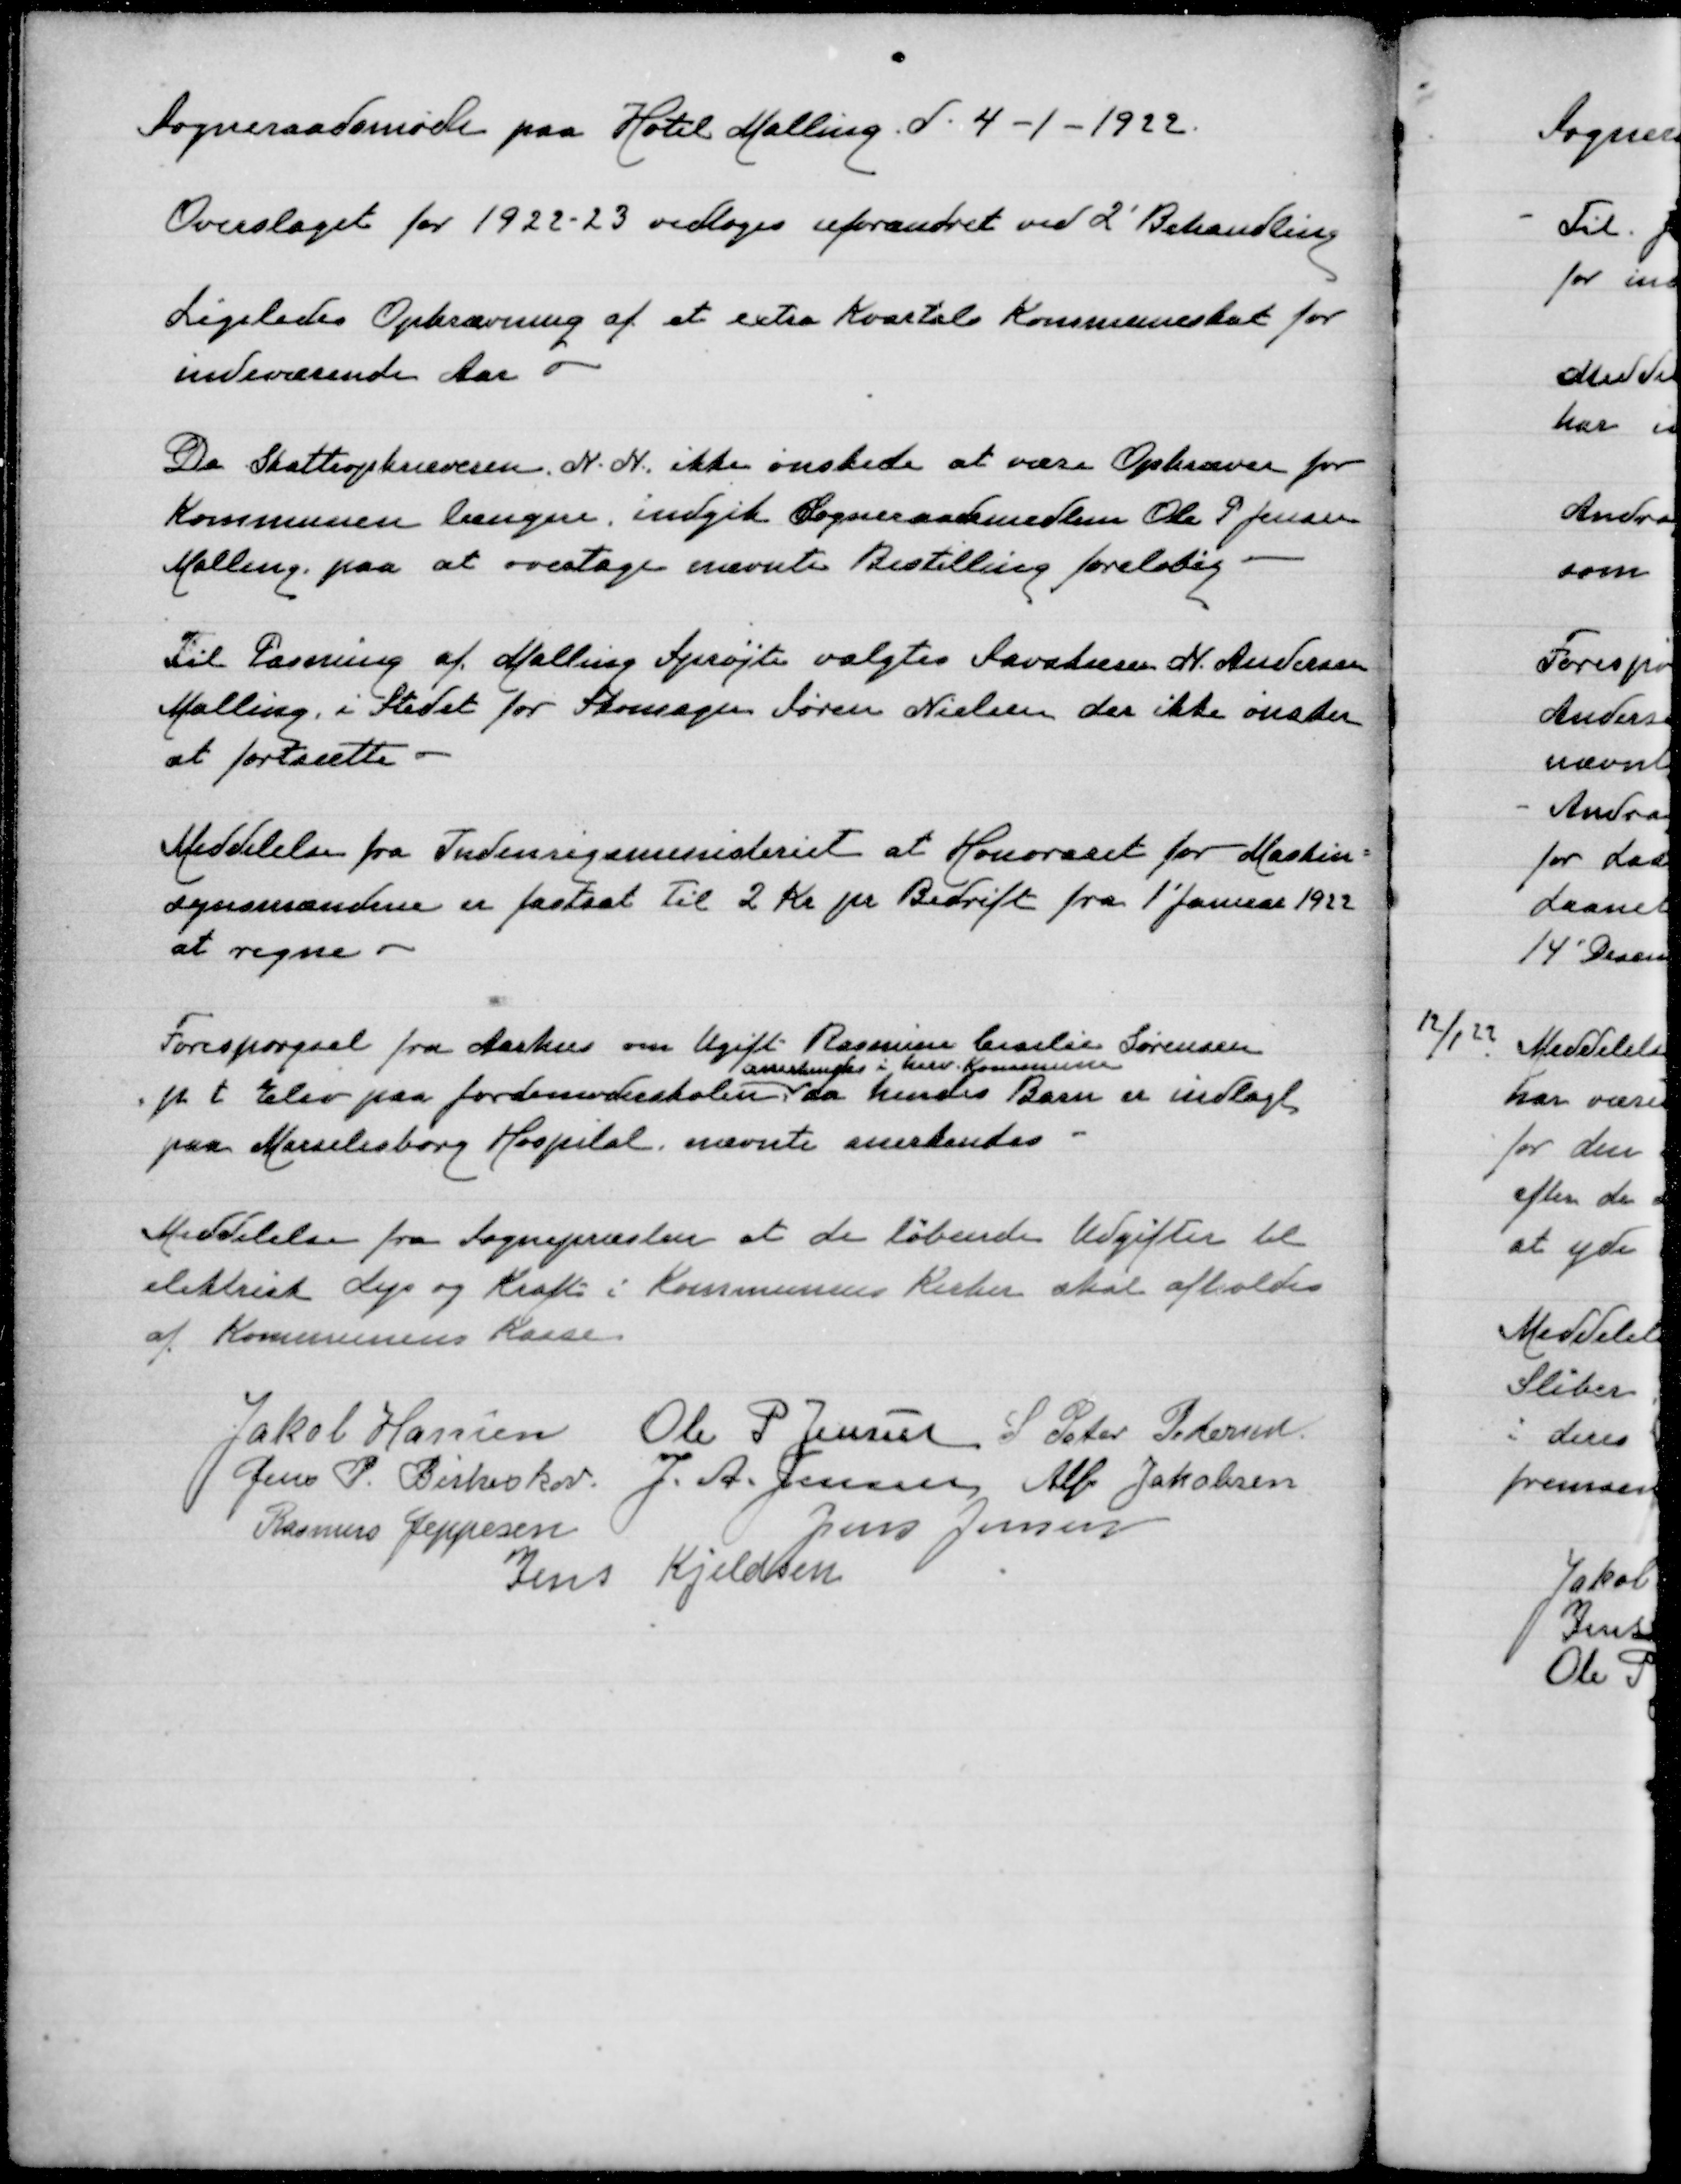
Transskription:
Sogneraadsmøde paa Hotel Malling d 4-1-1922

Overslaget for 1022-23 vedtoges uforandret ved 2' Behandling

Ligeledes Opkrævning at et extra Kvartals Kommuneskat for
indeværende Aar

Da Skatteopkræveren N N ikke ønskede at være Opkræver for
Kommunen længere indgik Sogneraadsmedlem Ole P Jensen
Malling paa at overtage nævnte Bestilling foreløbig

Til Pasning af Malling Sprøjte valgtes Savskærer N Andersen
Malling i Stedet for Skomager Søren Nielsen der ikke ønsker
at fortsætte

Meddelelse fra Indenrigsministeriet at Ho+noraret for Maskin=
synsmændene er fastsat til 2 Kr pr Bedrift fra 1' Januar 1922
at regne

Forepørgsel fra Aarhus om Ugift Rasmune Cecilie Sørensen
anerkendes i herv Kommune
p t Elev  paa Jordemoderskolen da hendes Barn er indlagt
paa Marselisborg Hospital, nævnte anerkendes

Meddelelse fra Sognepræsten at de løbende Uggifter til
elektrisk Lys og Kraft i Kommunens Kirker skal afholdes
af Kommunens Kasse

Jakob Hansen
Ole P Jensen
S Peter Pedersen
Jens P Birkeskov
J A Jensen
Alfr Jakobsen
Rasmus Jeppesen
Jens Jensen
Jens Kjeldsen